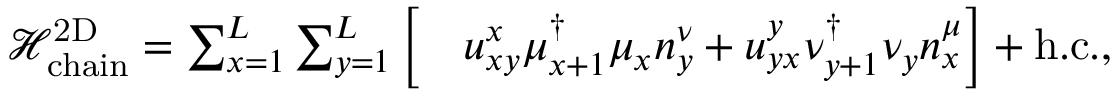
\begin{array} { r l } { \mathcal { H } _ { \mathrm { c h a i n } } ^ { \mathrm { 2 D } } = \sum _ { x = 1 } ^ { L } \sum _ { y = 1 } ^ { L } \Big [ } & { u _ { x y } ^ { x } \mu _ { x + 1 } ^ { \dagger } \mu _ { x } n _ { y } ^ { \nu } + u _ { y x } ^ { y } \nu _ { y + 1 } ^ { \dagger } \nu _ { y } n _ { x } ^ { \mu } \Big ] + \mathrm { h . c . } , } \end{array}